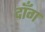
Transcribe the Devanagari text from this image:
दॉंग